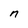
Character: n